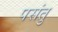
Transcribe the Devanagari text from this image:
पसंतु